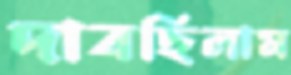
দাবছিলাম